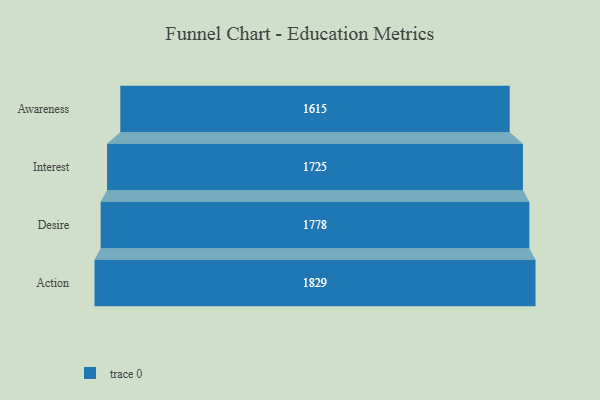
{"axis": {"x": "Stage", "y": "Value"}, "legend": [""], "data": [{"x": "Awareness", "y": 1615.0, "type": ""}, {"x": "Interest", "y": 1725.0, "type": ""}, {"x": "Desire", "y": 1778.0, "type": ""}, {"x": "Action", "y": 1829.0, "type": ""}]}